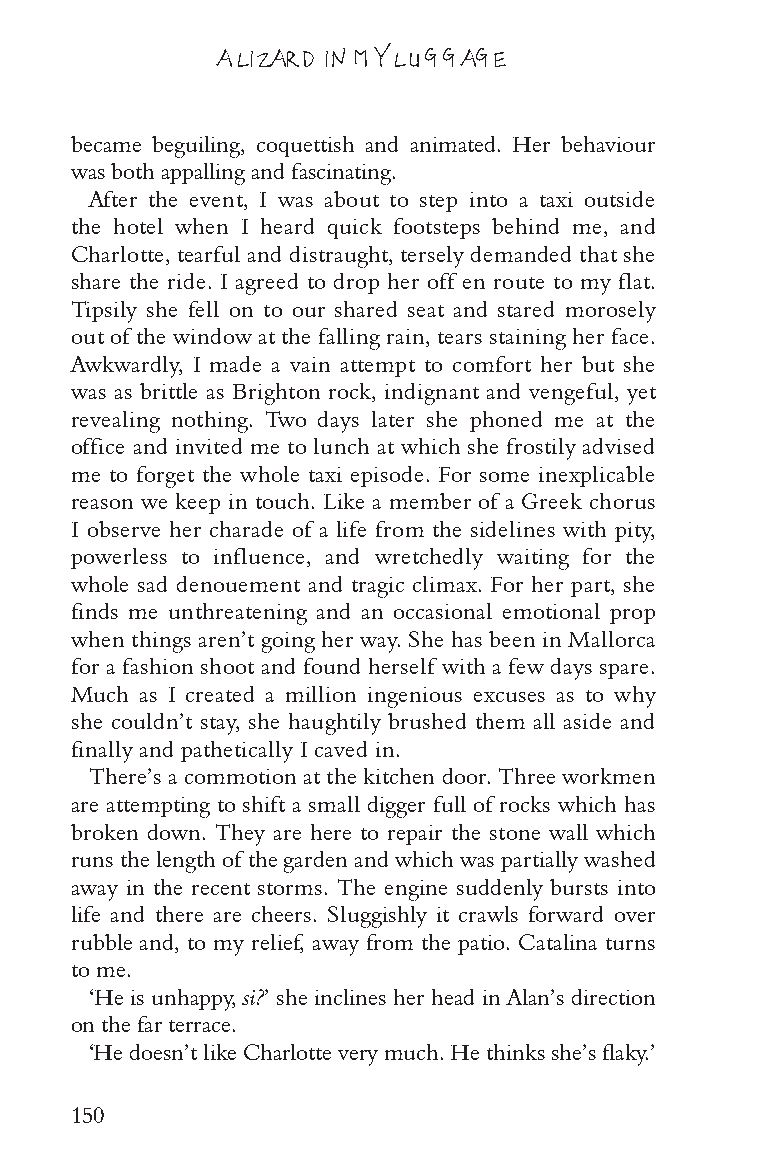
A LIZARD IN MY LUGGAGE
 became beguiling, coquettish and animated. Her behaviour
 was both appalling and fascinating.
 After the event, I was about to step into a taxi outside
 the hotel when I heard quick footsteps behind me, and
 Charlotte, tearful and distraught, tersely demanded that she
 share the ride. I agreed to drop her off en route to my flat.
 Tipsily she fell on to our shared seat and stared morosely
 out of the window at the falling rain, tears staining her face.
 Awkwardly, I made a vain attempt to comfort her but she
 was as brittle as Brighton rock, indignant and vengeful, yet
 revealing nothing. Two days later she phoned me at the
 office and invited me to lunch at which she frostily advised
 me to forget the whole taxi episode. For some inexplicable
 reason we keep in touch. Like a member of a Greek chorus
 I observe her charade of a life from the sidelines with pity,
 powerless to influence, and wretchedly waiting for the
 whole sad denouement and tragic climax. For her part, she
 finds me unthreatening and an occasional emotional prop
 when things aren’t going her way. She has been in Mallorca
 for a fashion shoot and found herself with a few days spare.
 Much as I created a million ingenious excuses as to why
 she couldn’t stay, she haughtily brushed them all aside and
 finally and pathetically I caved in.
 There’s a commotion at the kitchen door. Three workmen
 are attempting to shift a small digger full of rocks which has
 broken down. They are here to repair the stone wall which
 runs the length of the garden and which was partially washed
 away in the recent storms. The engine suddenly bursts into
 life and there are cheers. Sluggishly it crawls forward over
 rubble and, to my relief, away from the patio. Catalina turns
 to me.
 ‘He is unhappy, si?’ she inclines her head in Alan’s direction
 on the far terrace.
 ‘He doesn’t like Charlotte very much. He thinks she’s flaky.’
 150